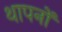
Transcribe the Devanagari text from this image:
थापनों